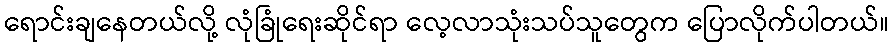
ရောင်းချနေတယ်လို့ လုံခြုံရေးဆိုင်ရာ လေ့လာသုံးသပ်သူတွေက ပြောလိုက်ပါတယ်။